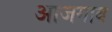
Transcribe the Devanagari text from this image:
आजगाव